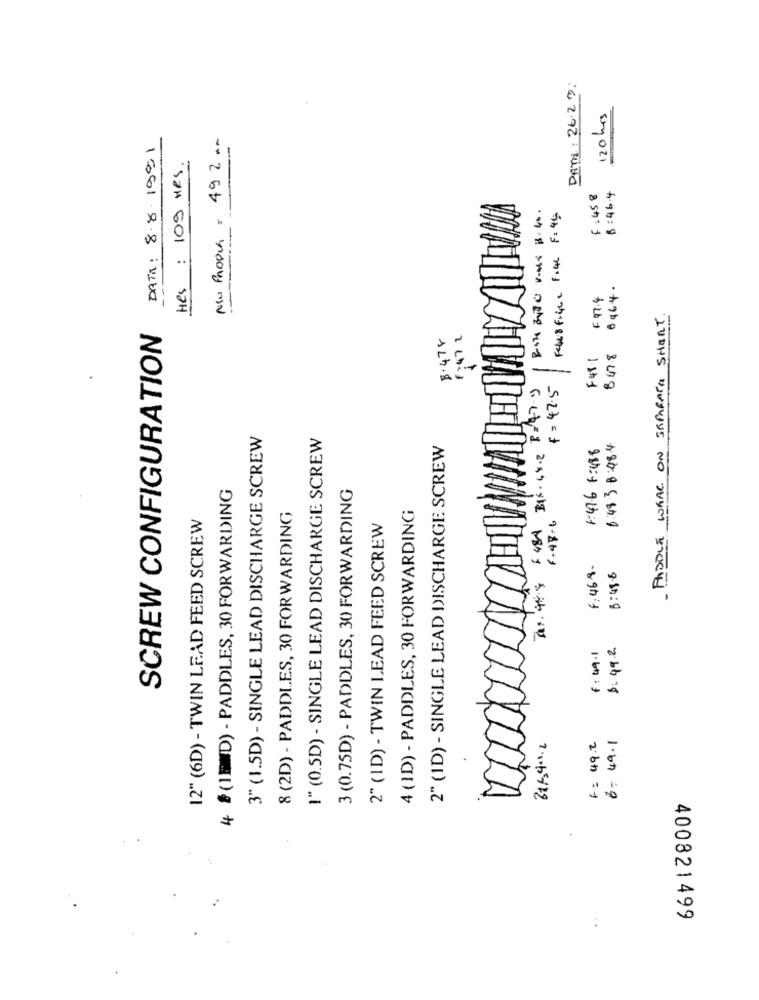
DATE : 26.20:
120 hrs
NU Prooch : 492 ..
DATA: 8.8.1991
Hes : 109 HRS.
B:46.4
F : 45 8
Fele8 Fige e File F: 45:
6964.
F 47.4
- PADDLE WRAC ON SEPARATA SHIRT.
SCREW CONFIGURATION
$.478
F48.1
B47.8
----
30s. 48.9 x 48A Blx. 68.2 B= 47-9
f=47.5
3" (1.5D) - SINGLE LEAD DISCHARGE SCREW
I" (0.5D) - SINGLE LEAD DISCHARGE SCREW
2" (ID) - SINGLE LEAD DISCHARGE SCREW
6.48.3 8:48.4
1:47.6 6:488
3 (0.75D) - PADDLES, 30 FORWARDING
4 (1ED) - PADDLES, 30 FORWARDING
4 (ID) - PADDLES, 30 FORWARDING
12" (6D) - TWIN LEAD FEED SCREW
8 (2D) - PADDLES, 30 FORWARDING
2" (ID) - TWIN LEAD FEED SCREW
F:468 .
B : 45-6
$: 49.2
6 : 49.1
6-49.1
6= 49.2
400821499